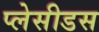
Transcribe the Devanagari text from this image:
प्लेसीडस